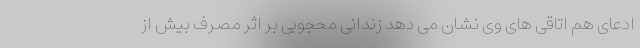
ادعای هم اتاقی های وی نشان می دهد زندانی محجوبی بر اثر مصرف بیش از